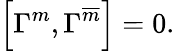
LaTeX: \left[\Gamma^{m},\Gamma^{\overline{{{m}}}}\right]=0\mathrm{.}